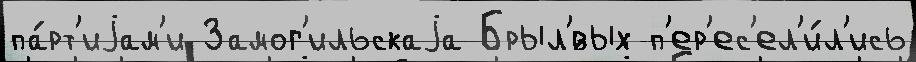
па́рт'иjам'и Замог'ильскаjа Брыл'́вых п'ер'ес'ел'и́л'ись